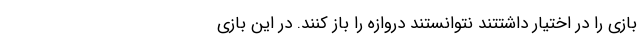
بازی را در اختیار داشتتند نتوانستند دروازه را باز کنند. در این بازی